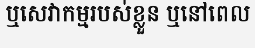
ឬសេវាកម្មរបស់ខ្លួន ឬនៅពេល